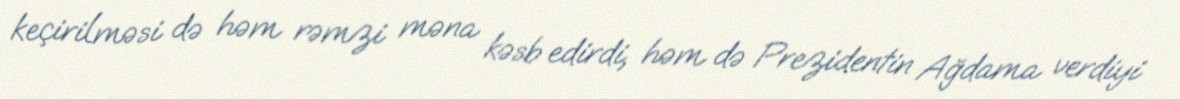
keçirilməsi də həm rəmzi məna kəsb edirdi, həm də Prezidentin Ağdama verdiyi